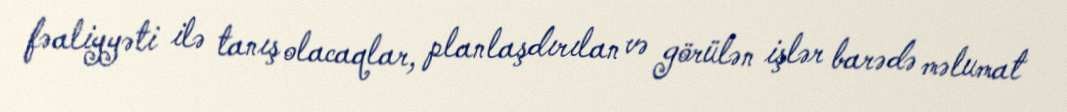
fəaliyyəti ilə tanış olacaqlar, planlaşdırılan və görülən işlər barədə məlumat